Civil Veterinary Dept. Bombay admin report 1932-41 - 1932-1941
Year: 1932
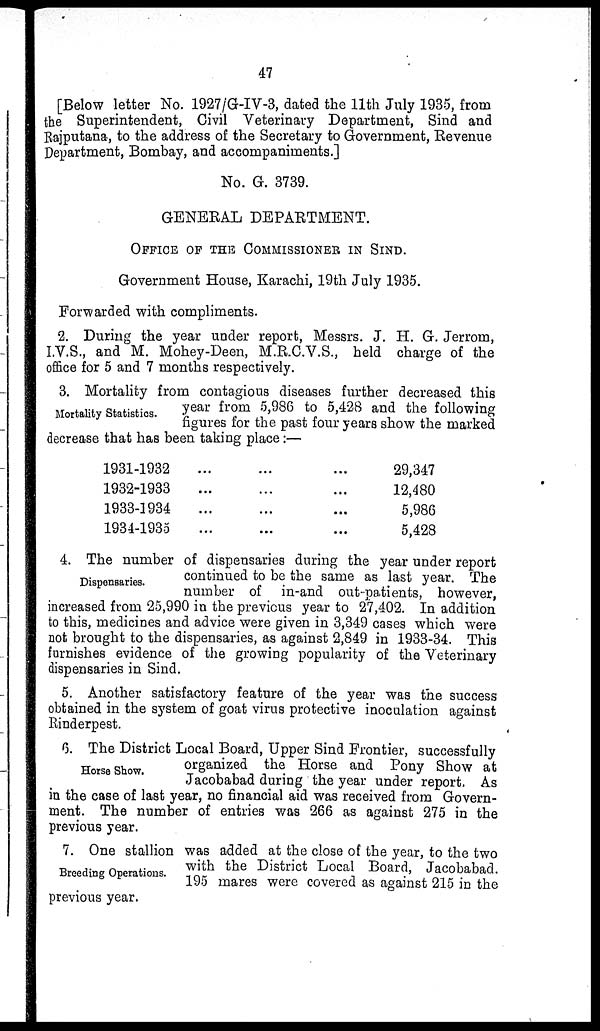
47
[Below letter No. 1927/G-IV-3, dated the 11th July 1935, from
the Superintendent, Civil Veterinary Department, Sind and
Rajputana, to the address of the Secretary to Government, Revenue
Department, Bombay, and accompaniments.]
No. G. 3739.
GENERAL DEPARTMENT.
OFFICE OF THE COMMISSIONER IN SIND.
Government House, Karachi, 19th July 1935.
Forwarded with compliments.
2. During the year under report, Messrs. J. H. G. Jerrom,
I.V.S., and M. Mohey-Deen, M.R.C.V.S., held charge of the
office for 5 and 7 months respectively.
Mortality Statistics.
3. Mortality from contagious diseases further decreased this
year from 5,986 to 5,428 and the following
figures for the past four years show the marked
decrease that has been taking place:—
1931-1932
1932-1933
1933-1934
1934-1935
...
...
...
...
...
...
...
...
...
...
...
...
29,347
12,480
5,986
5,428
Dispensaries.
4. The number of dispensaries during the year under report
continued to be the same as last year. The
number of in-and out-patients, however,
increased from 25,990 in the previous year to 27,402. In addition
to this, medicines and advice were given in 3,349 cases which were
not brought to the dispensaries, as against 2,849 in 1933-34. This
furnishes evidence of the growing popularity of the Veterinary
dispensaries in Sind.
5. Another satisfactory feature of the year was the success
obtained in the system of goat virus protective inoculation against
Rinderpest.
Horse Show.
6. The District Local Board, Upper Sind Frontier, successfully
organized the Horse and Pony Show at
Jacobabad during the year under report. As
in the case of last year, no financial aid was received from Govern-
ment. The number of entries was 266 as against 275 in the
previous year.
Breeding Operations.
7. One stallion was added at the close of the year, to the two
with the District Local Board, Jacobabad.
195 mares were covered as against 215 in the
previous year.